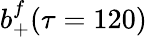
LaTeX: b_{+}^{f}(\tau=120)